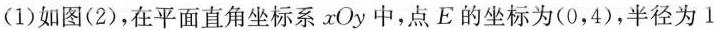
(1)如图(2)，在平面直角坐标系αOy中，点E的坐标为(0，4)，半径为1